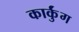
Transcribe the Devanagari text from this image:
कार्कुंग